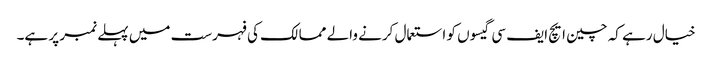
خیال رہے کہ چین ایچ ایف سی گیسوں کو استعمال کرنے والے ممالک کی فہرست میں پہلے نمبر پر ہے۔